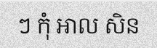
ៗ កុំ អាល សិន